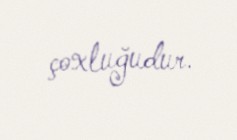
çoxluğudur.